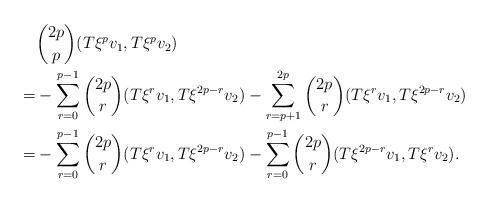
LaTeX: \begin{align*}&\binom{2p}{p}(T\xi^{p} v_1,T\xi^{p}v_2)\\=&-\sum_{r=0}^{p-1} \binom{2p}{r}(T\xi^r v_1, T\xi^{2p-r}v_2)-\sum_{r=p+1}^{2p} \binom{2p}{r}(T\xi^{r} v_1, T\xi^{2p-r}v_2) \\=&-\sum_{r=0}^{p-1} \binom{2p}{r}(T\xi^r v_1, T\xi^{2p-r}v_2)-\sum_{r=0}^{p-1} \binom{2p}{r}(T\xi^{2p-r} v_1, T\xi^{r}v_2).\end{align*}